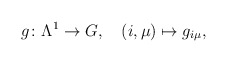
\begin{align*}g\colon\Lambda^1\to G,\quad (i,\mu)\mapsto g_{i\mu},\end{align*}